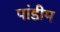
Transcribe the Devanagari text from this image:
पांडीम